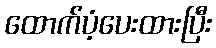
ထောက်ပံ့ပေးထားပြီး